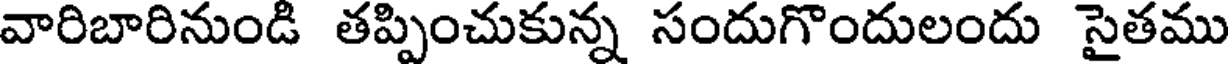
వారిబారినుండి తప్పించుకున్న సందుగొందులందు సైతము